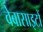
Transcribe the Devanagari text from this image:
वेबासाइटों